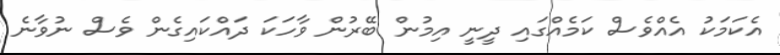
އެކަމަކު އެއްވެސް ކަމެއްގައި ދީނީ އިމުން ބޭރުން ވާހަކަ ދައްކައިގެން ވެސް ނުވާނެ